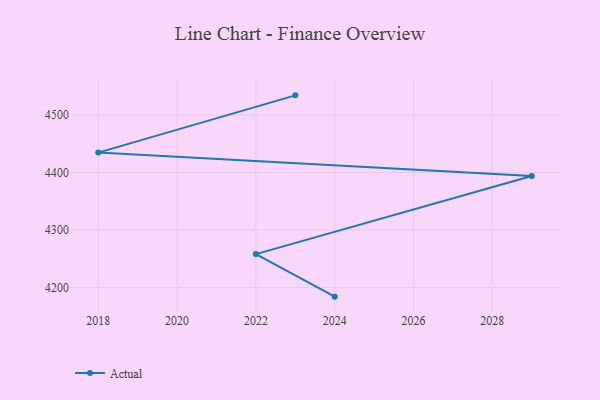
{"axis": {"x": "Year", "y": "Headcount"}, "legend": ["Actual"], "data": [{"x": "2023", "y": 4534.3, "type": "Actual"}, {"x": "2018", "y": 4434.7, "type": "Actual"}, {"x": "2029", "y": 4394.1, "type": "Actual"}, {"x": "2022", "y": 4258.1, "type": "Actual"}, {"x": "2024", "y": 4184.1, "type": "Actual"}]}